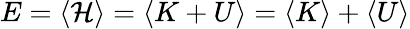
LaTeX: E=\left<\mathcal{H}\right>=\left<K+U\right>=\left<K\right>+\left<U\right>